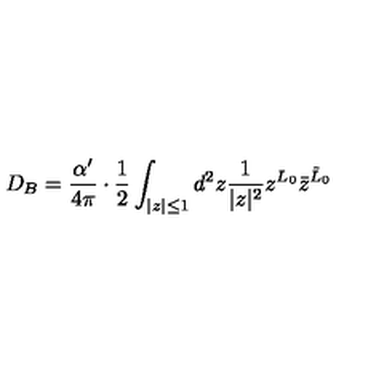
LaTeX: D _ { B } = { \frac { \alpha ^ { \prime } } { 4 \pi } } \cdot { \frac { 1 } { 2 } } \int _ { | z | \le 1 } d ^ { 2 } z { \frac { 1 } { | z | ^ { 2 } } } z ^ { L _ { 0 } } { \bar { z } } ^ { { \tilde { L } } _ { 0 } }